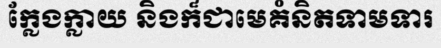
ក្លែងក្លាយ និងក៏ជាមេគំនិតទាមទារ